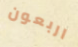
اربعون